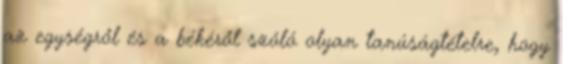
az egységről és a békéről szóló olyan tanúságtételre, hogy